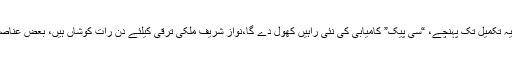
انہوں نے کہا ہے کہ مسلم لیگ (ن) کے دور حکومت کے دور ان ملک میں بے شمار ترقیاتی منصوبے پایہ تکمیل تک پہنچے، “سی پیک” کامیابی کی نئی راہیں کھول دے گا،نواز شریف ملکی ترقی کیلئے دن رات کوشاں ہیں، بعض عناصر کو ملکی ترقی پسند نہیں تو وہ حکومت کی راہ میں رکائوٹیں حائل کرنے کی ناکام کوششیں کررہے ہیں۔